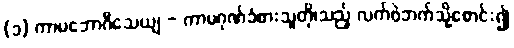
(၁) ကာမဘောဂီသေယျ - ကာမဂုဏ်ခံစားသူတို၊သည့် လက်ဝဲဘက်သို့စောင်း၍